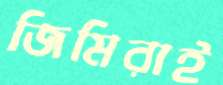
জিমিরাই